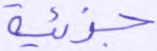
جزئية